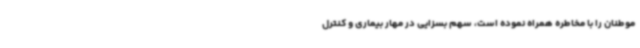
موطنان را با مخاطره همراه نموده است، سهم بسزایی در مهار بیماری و کنترل